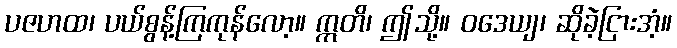
ပဇဟထ၊ ပယ်စွန့်ကြကုန်လော့။ ဣတိ၊ ဤသို့။ ဝဒေယျ၊ ဆိုခဲ့ငြားအံ့။